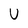
Character: U